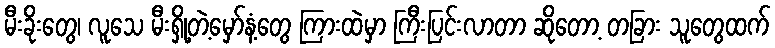
မီးခိုးတွေ၊ လူသေ မီးရှို့တဲ့မှော်နံ့တွေ ကြားထဲမှာ ကြီးပြင်းလာတာ ဆိုတော့ တခြား သူတွေထက်